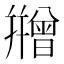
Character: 𭙇